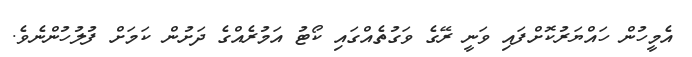
އެމީހުން ހައްޔަރުކޮށްފައި ވަނީ ރޭގެ ވަގުތެއްގައި ކޯޓު އަމުރެއްގެ ދަށުން ކަަމަށް ފުލުހުންނެވެ.